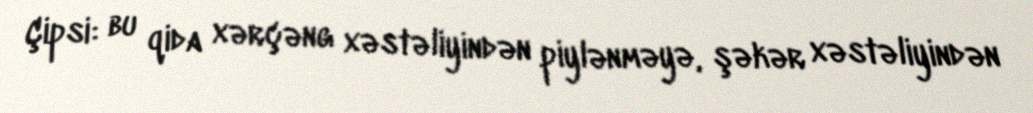
Çipsi: bu qida xərçəng xəstəliyindən piylənməyə, şəkər xəstəliyindən